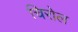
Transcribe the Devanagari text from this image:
चिरोल